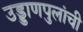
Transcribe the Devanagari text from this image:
उड्डाणपुलांची